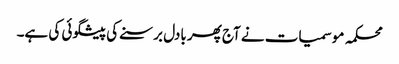
محکمہ موسمیات نے آج پھر بادل برسنے کی پیشگوئی کی ہے۔